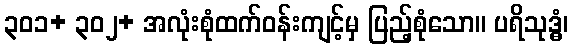
၃၀၁+ ၃၀၂+ အလုံးစုံထက်ဝန်းကျင့်မှ ပြည့်စုံသော။ ပရိသုဒ္ဓံ၊